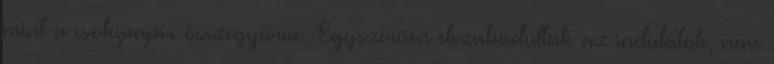
mint a csokipapír összegyűrve. Egyszerűen elszabadultak az indulatok, nem